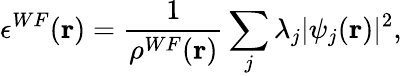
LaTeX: \epsilon^{WF}(\mathbf{r})=\frac{1}{\rho^{WF}(\mathbf{r})}\sum_{j}\lambda_{j}|\psi_{j}(\mathbf{r})|^{2},